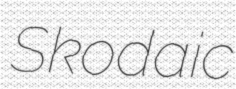
Skodaic